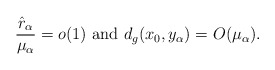
\begin{align*}\frac{\hat{r}_\alpha}{\mu_\alpha} = o(1) \ {\rm and} \ d_g(x_0, y_\alpha) = O(\mu_\alpha).\end{align*}